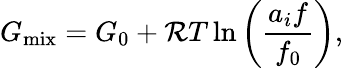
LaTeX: G_{\mathrm{mix}}=G_{0}+{\cal R}T\ln{\left(\frac{a_{i}f}{f_{0}}\right)},